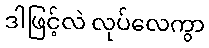
ဒါဖြင့်လဲ လုပ်လေကွာ